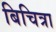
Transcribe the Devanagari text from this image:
बिचित्रा